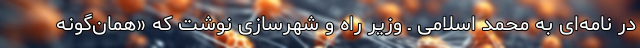
در نامه‌ای به محمد اسلامی ـ وزیر راه و شهرسازی نوشت که «همان‌گونه